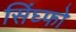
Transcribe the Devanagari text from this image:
सिंघ्फो